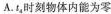
A.t_{4}时刻物体内能为零